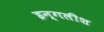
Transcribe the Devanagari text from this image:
इन्गलीश